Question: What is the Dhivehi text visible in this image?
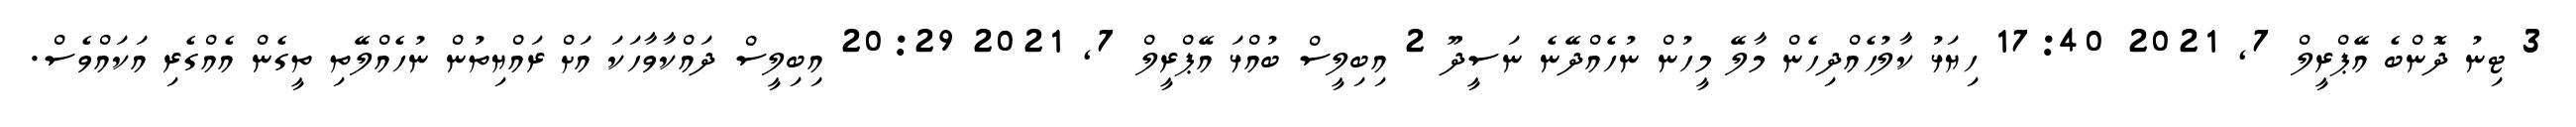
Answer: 3 ޓިނު ދޮންބެ އޭޕްރީލް 7, 2021 17:40 ހިޔަޅު ކާލުހެއްދިހެން މާލޭ މީހުން ނުހެއްދޭނެ ނަސީދޫ 2 އިބިލީސް ބުއްޅަ އޭޕްރީލް 7, 2021 20:29 އިބިލީސް ދައްކާވާހަކަ އަށް ރައްޔިތުން ނުހެއްލޭތި ތީގެން އެއްގެރި އަކައްވެސް.